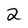
Character: 2